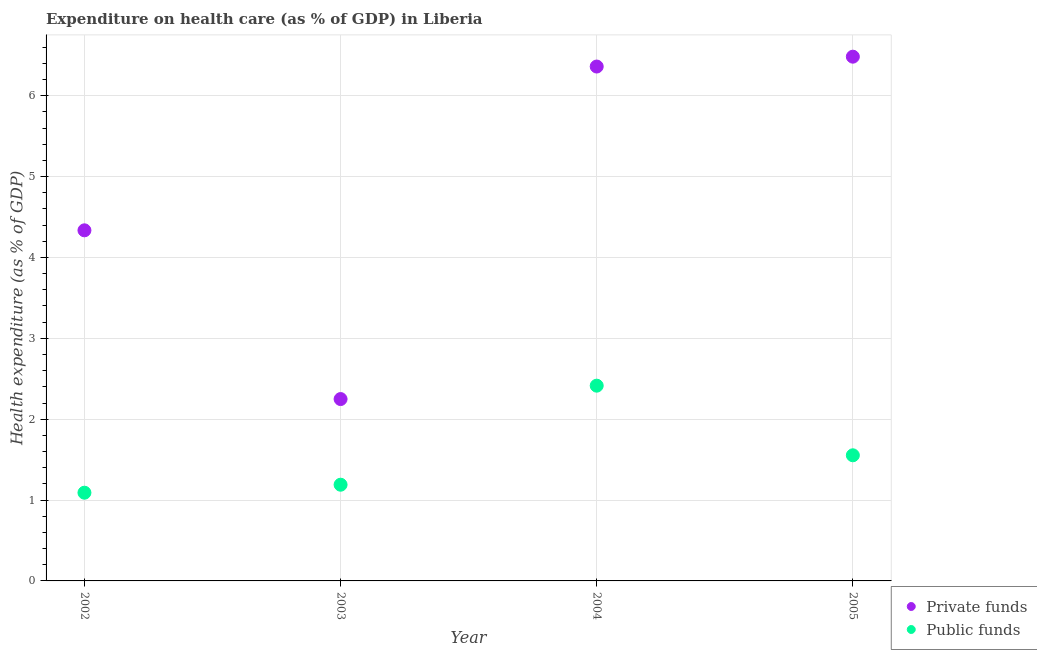
| Year | Private funds | Public funds |
 | --- | --- | --- |
 | 2002 | 4.34 | 1.09 |
 | 2003 | 2.25 | 1.19 |
 | 2004 | 6.36 | 2.41 |
 | 2005 | 6.48 | 1.55 |